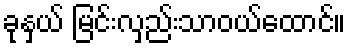
ခုနှယ် မြင်းလှည်းသာဝယ်ထောင်။